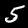
Label: 5